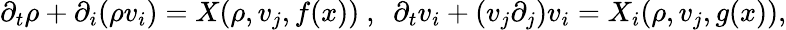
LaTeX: \partial_{t}\rho+\partial_{i}(\rho v_{i})=X(\rho,v_{j},f(x))~,~~\partial_{t}v_{i}+(v_{j}\partial_{j})v_{i}=X_{i}(\rho,v_{j},g(x)),